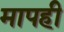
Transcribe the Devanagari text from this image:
मापही